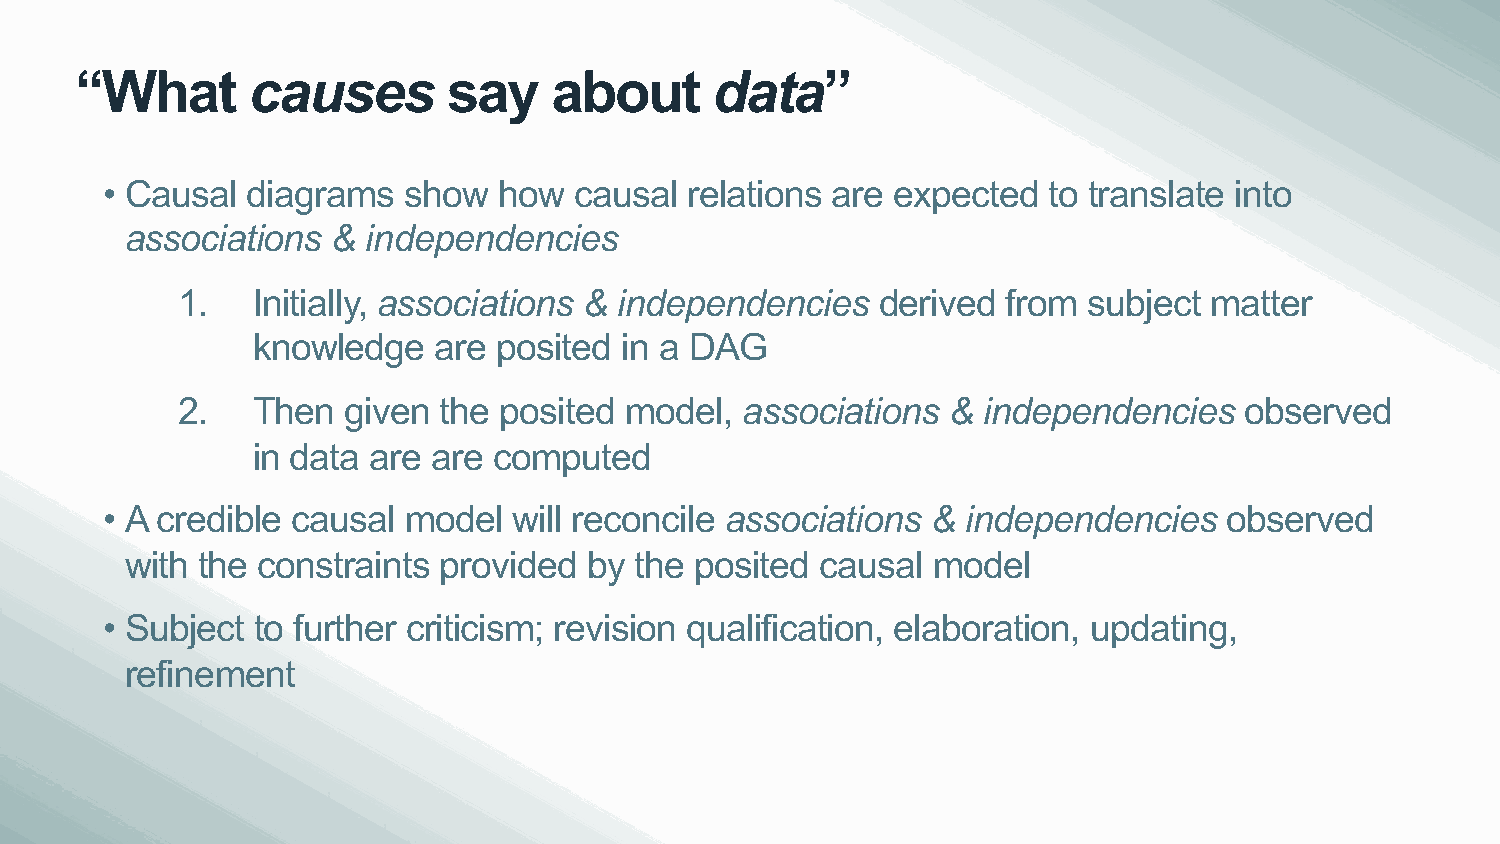
“What      causes        say    about     data”
 • Causal diagrams   show  how  causal  relations are expected to translate into
 associations  & independencies
 1.   Initially, associations & independencies derived  from subject matter
 knowledge   are posited in a DAG
 2.   Then  given the posited model,  associations  & independencies   observed
 in data are are computed
 • A credible causal model  will reconcile associations & independencies   observed
 with the constraints provided  by the posited causal  model
 • Subject to further criticism; revision qualification, elaboration, updating,
 refinement